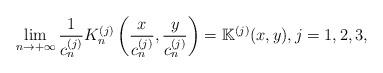
LaTeX: \begin{align*}\lim_{n\to +\infty}\frac{1}{c_n^{(j)}}K_n^{(j)}\left(\frac{x}{c_n^{(j)}},\frac{y}{c_n^{(j)}}\right)=\mathbb K^{(j)}(x,y),j=1,2,3,\end{align*}